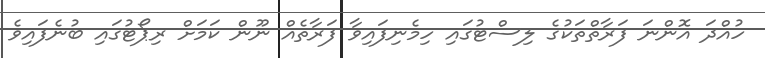
ހުއްދަ އޮންނަ ފަރާތްތަކުގެ ލިސްޓުގައި ހިމެނިފައިވާ ފަރާތެއް ނޫން ކަމަށް ރިޕޯޓުގައި ބުނެފައިވެ